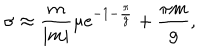
\sigma \approx { \frac { m } { | m | } } \mu \mathrm { e } ^ { - 1 - { \frac { \pi } { g } } } + { \frac { \pi m } { g } } ,